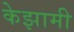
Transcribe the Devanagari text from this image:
केझामी